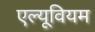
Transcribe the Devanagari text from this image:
एल्यूवियम